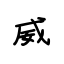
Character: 威